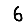
Digit: 6